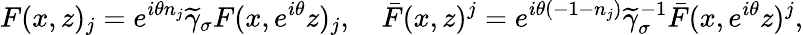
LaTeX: F(x,z)_{j}=e^{i\theta n_{j}}\widetilde{\gamma}_{\sigma}F(x,e^{i\theta}z)_{j},\quad\bar{F}(x,z)^{j}=e^{i\theta(-1-n_{j})}\widetilde{\gamma}_{\sigma}^{-1}\bar{F}(x,e^{i\theta}z)^{j},